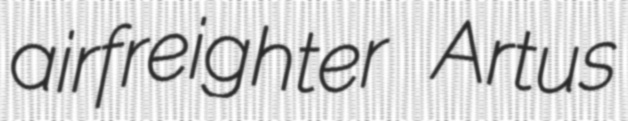
airfreighter Artus